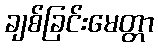
ချစ်ခြင်းမေတ္တာ